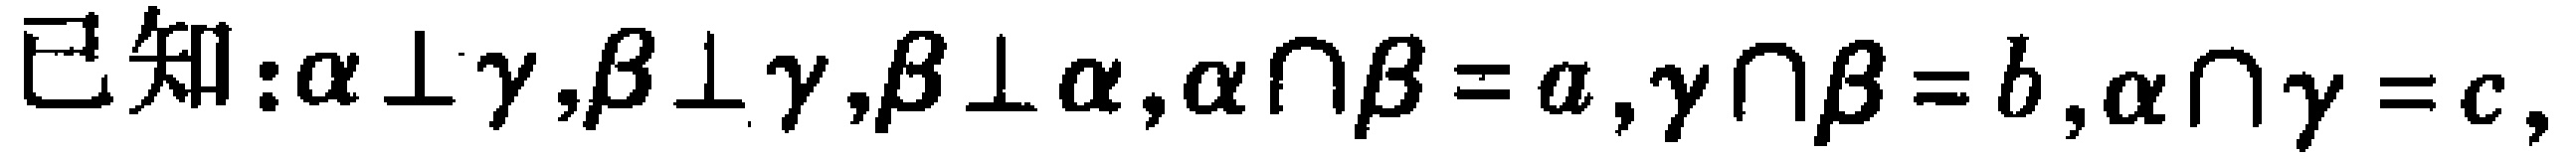
已知：\(\alpha \perp \gamma,\beta \perp \gamma,\beta \perp \alpha,\alpha \cap \beta = a,\gamma \cap \beta = b,\alpha \cap \gamma = c\)，